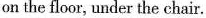
on the floor, under the chair.